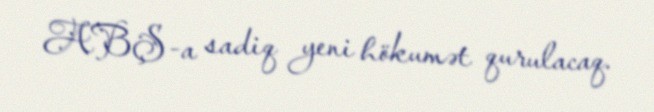
ABŞ-a sadiq yeni hökumət qurulacaq.